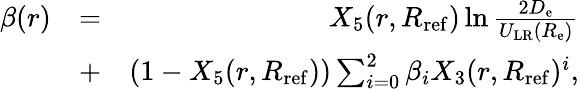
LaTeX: \begin{array}{rlr}{\beta(r)}&{=}&{X_{5}(r,R_{\mathrm{ref}})\ln\frac{2D_{\mathrm{e}}}{U_{\mathrm{LR}}(R_{\mathrm{e}})}}\\ &{+}&{(1-X_{5}(r,R_{\mathrm{ref}}))\sum_{i=0}^{2}\beta_{i}X_{3}(r,R_{\mathrm{ref}})^{i},}\end{array}